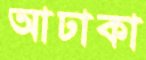
আঢাকা